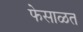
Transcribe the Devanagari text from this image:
फेसाळत